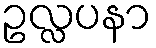
ဥလ္လပနာ